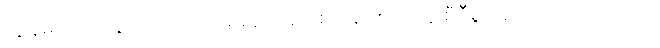
ကျွန်မတို့ဝင်သွားသည့် ထိုအခန်းသည် စာအုပ်စင်တွေ စီရီစွာ ခင်းကျင်းထားသည့်